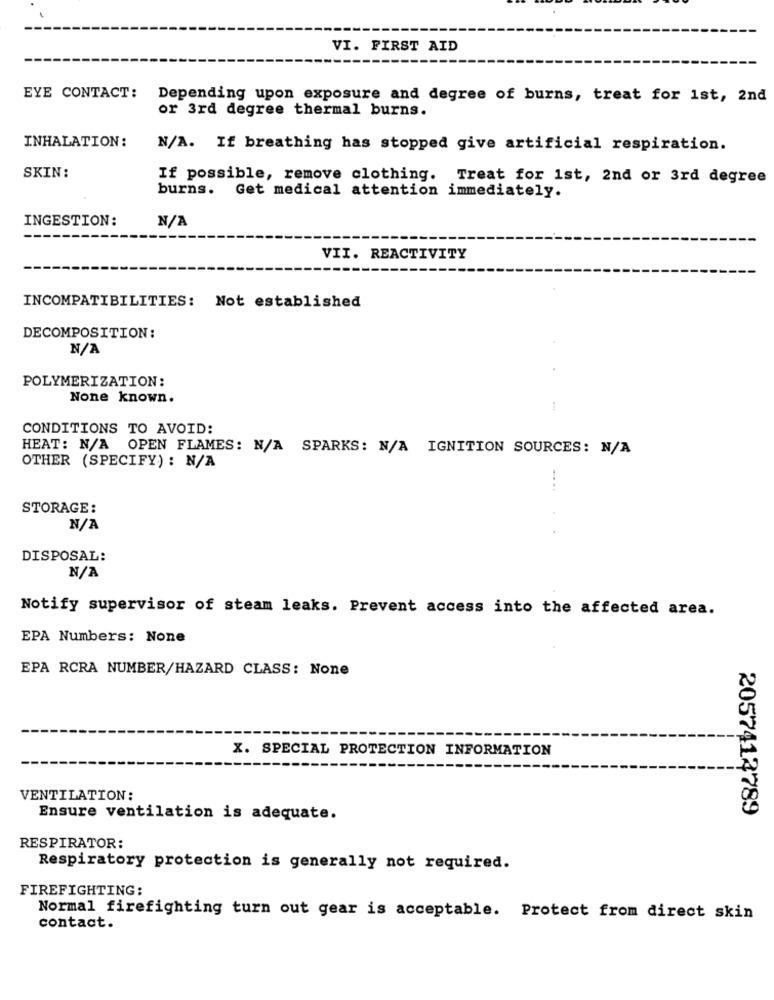
VI. FIRST AID
EYE CONTACT:
Depending upon exposure and degree of burns, treat for 1st, 2nd
or 3rd degree thermal burns.
INHALATION:
N/A. If breathing has stopped give artificial respiration.
SKIN:
If possible, remove clothing. Treat for 1st, 2nd or 3rd degree
burns.
Get medical attention immediately.
INGESTION:
VII. REACTIVITY
INCOMPATIBILITIES: Not established
DECOMPOSITION:
POLYMERIZATION:
None known.
CONDITIONS TO AVOID:
HEAT: N/A OPEN FLAMES: N/A SPARKS: N/A IGNITION SOURCES: N/A
OTHER (SPECIFY) : N/A
STORAGE:
DISPOSAL:
Notify supervisor of steam leaks. Prevent access into the affected area.
EPA Numbers: None
EPA RCRA NUMBER/HAZARD CLASS: None
X. SPECIAL PROTECTION INFORMATION
VENTILATION:
2057412789
Ensure ventilation is adequate.
RESPIRATOR:
Respiratory protection is generally not required.
FIREFIGHTING:
Normal firefighting turn out gear is acceptable. Protect from direct skin
contact.